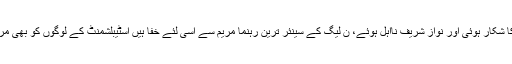
اصل میں سارا قصور مریم نواز کا تھا اسی کی وجہ سے حکومت زوال کا شکار ہوئی اور نواز شریف نااہل ہوئے، ن لیگ کے سینئر ترین رہنما مریم سے اسی لئے خفا ہیں اسٹیبلشمنٹ کے لوگوں کو بھی مریم سے ناراضی ہے اور تو اورچچااورکنزنز بھی ان سے خوش نہیں ہیں۔